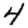
Digit: 4